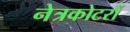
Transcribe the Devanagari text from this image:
नेत्रकोटरों